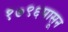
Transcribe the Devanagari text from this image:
१७९६पासून